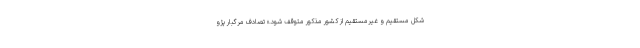
شکل مستقیم و غیرمستقیم از کشور مذکور متوقف شود.» تصادف مرگبار پژو